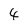
Character: 4